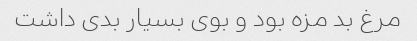
مرغ بد مزه بود و بوی بسیار بدی داشت